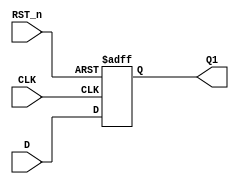
`timescale 1ns / 1ps

module Asynchronous_D_FF1(CLK,D,RST_n,Q1 );
    input CLK;
    input D;
    input RST_n;
    output reg Q1;
   always@( posedge RST_n or negedge CLK)
    begin
    if(RST_n==1)
        Q1<=1;
    else
        Q1<=D; 
    end
endmodule